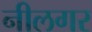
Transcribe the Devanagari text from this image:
नीलगर